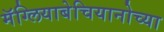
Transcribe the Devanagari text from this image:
मॅग्लियाबेचियानोच्या